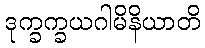
ဒုက္ခက္ခယဂါမိနိယာတိ